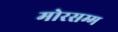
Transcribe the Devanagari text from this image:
मोरसम्म